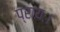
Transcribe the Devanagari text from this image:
प्रायः।